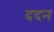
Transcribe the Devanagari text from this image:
ददन